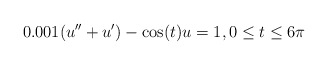
\begin{align*}0.001(u'' + u') - \cos(t) u = 1, 0\le t \le 6\pi\end{align*}